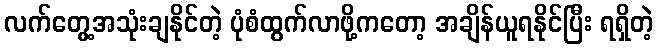
လက်တွေ့အသုံးချနိုင်တဲ့ ပုံစံထွက်လာဖို့ကတော့ အချိန်ယူရနိုင်ပြီး ရရှိတဲ့